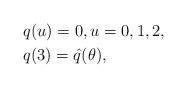
LaTeX: \begin{align*}&q(u)=0,u=0,1,2,\\&q(3)=\hat{q}(\theta),\end{align*}